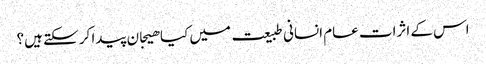
اس کے اثرات عام انسانی طبیعت میں کیا ھیجان پیدا کر سکتے ہیں؟